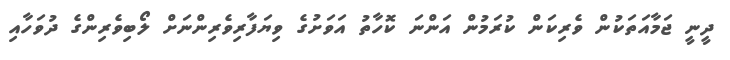
ދީނީ ޖަމާއަތަކުން ވެރިކަން ކުރަމުން އަންނަ ކޮހާތު އަވަށުގެ ވިޔަފާރިވެރިންނަށް ލޯބިވެރިންގެ ދުވަހާއި